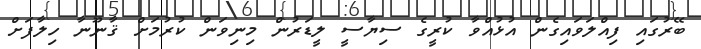
ބޭރުގައި ފިއްލަވައިގެން އުޅުއްވާ ކުރީގެ ސިޔާސީ ލީޑަރުން މިނިވަން ކުރުމަށް ޤާނޫނާ ހިލާފަށް